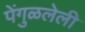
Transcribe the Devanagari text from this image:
पेंगुळलेली